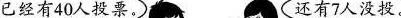
已经有40人投票。 还有7人没投。